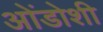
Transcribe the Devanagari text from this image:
ओंडोशी